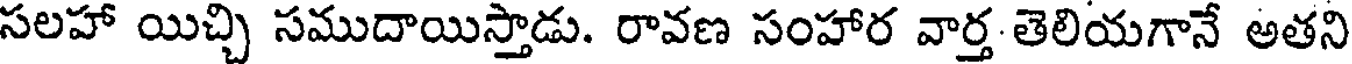
సలహా యిచ్చి సముదాయిస్తాడు. రావణ సంహార వార్త తెలియగానే అతని